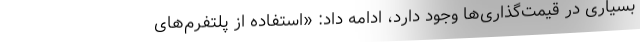
بسیاری در قیمت‌گذاری‌ها وجود دارد، ادامه داد: «استفاده از پلتفرم‌های